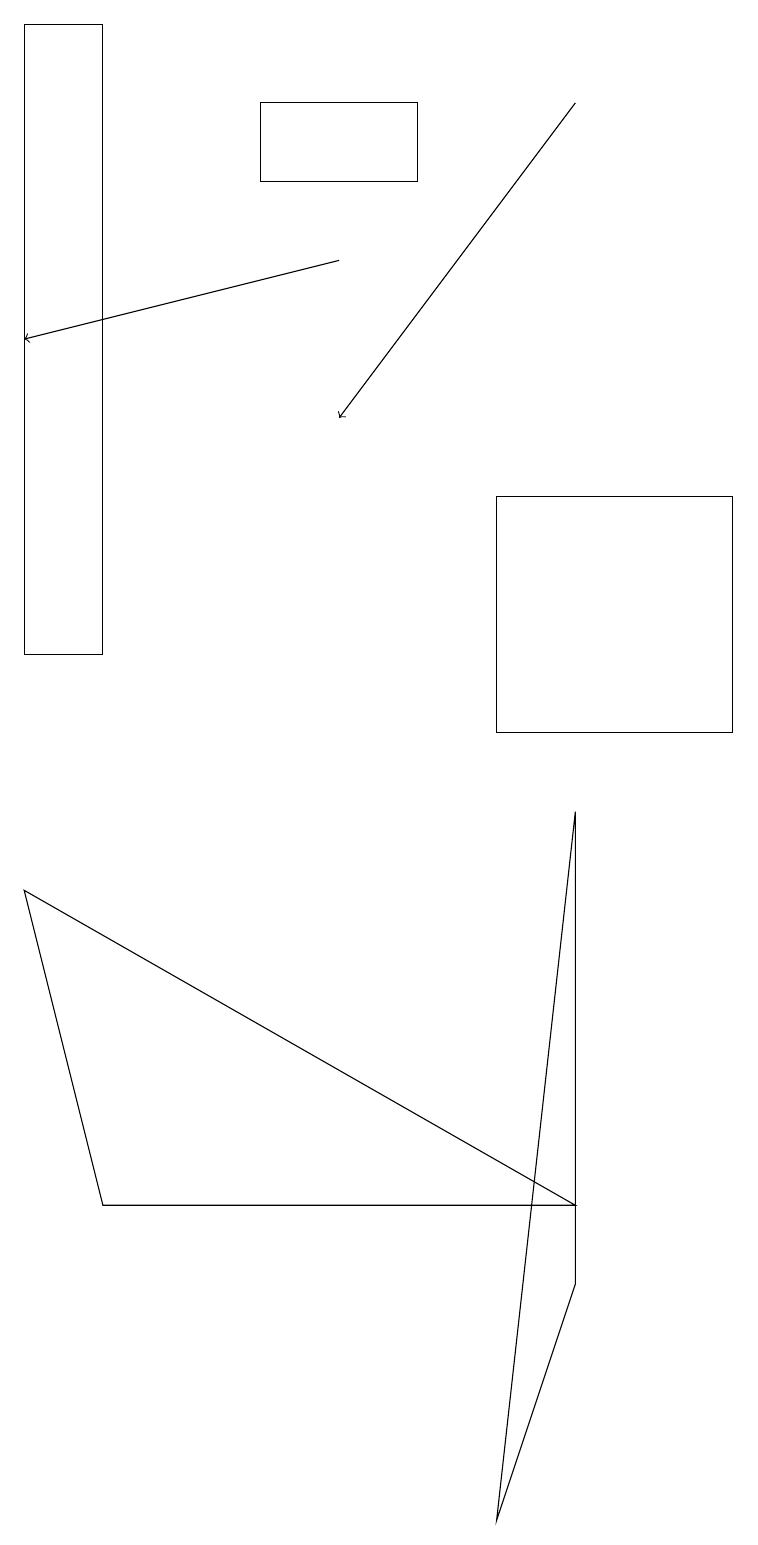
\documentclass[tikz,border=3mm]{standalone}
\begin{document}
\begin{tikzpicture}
\draw (0,8) -- (7,4) -- (1,4) -- cycle;
\draw (6,0) -- (7,9) -- (7,3) -- cycle;
\draw[->] (4,16) -- (0,15);
\draw[->] (7,18) -- (4,14);
\draw (9,13) rectangle (6,10);
\draw (3,18) rectangle (5,17);
\draw (1,11) rectangle (0,19);
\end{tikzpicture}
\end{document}